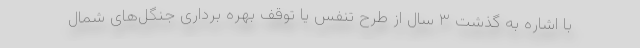
با اشاره به گذشت ۳ سال از طرح تنفس یا توقف بهره برداری جنگل‌های شمال